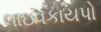
લાઇવકાયપો